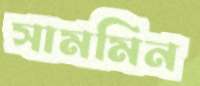
সামমিন